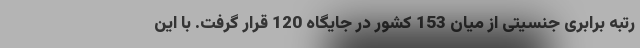
رتبه برابری جنسیتی از میان 153 کشور در جایگاه 120 قرار گرفت. با این